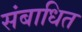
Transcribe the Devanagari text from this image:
संबाधित